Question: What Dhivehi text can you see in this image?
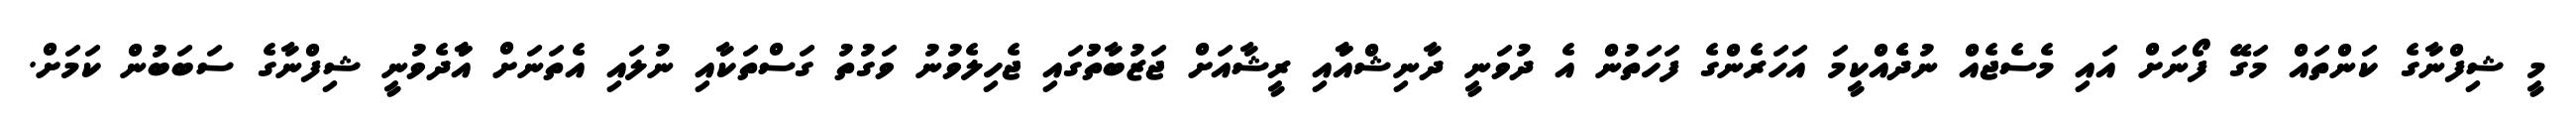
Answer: މީ ޝިފްނާގެ ކަންތައް މަގޭ ފޯނަށް އައި މެސެޖެއް ނުދެެއްކީމަ އަހަރެންގެ ފަހަތުން އެ ދުވަނީ ދާނިޝްއާާއި ރީޝާއަށް ޖަޒުބާތުުގައި ޖެހިލެވުނު ވަގުތު ގަސްތަކާއި ނުލައި އެތަނަށް އާާދެވުނީ ޝިފްނާގެ ސަބަބުން ކަމަށް.